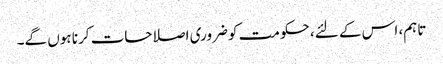
تاہم، اس کے لئے، حکومت کو ضروری اصلاحات کرنا ہوں گے۔